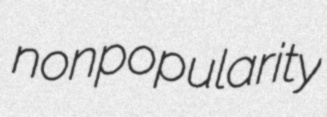
nonpopularity